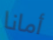
أمانا